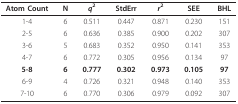
<table><thead><tr><td><b>Atom Count</b></td><td><b>N</b></td><td><b><i>q</i><sup>2</sup></b></td><td><b>StdErr</b></td><td><b><i>r</i><sup>2</sup></b></td><td><b>SEE</b></td><td><b>BHL</b></td></tr></thead><tbody><tr><td>1-4</td><td>6</td><td>0.511</td><td>0.447</td><td>0.871</td><td>0.230</td><td>151</td></tr><tr><td>2-5</td><td>6</td><td>0.636</td><td>0.385</td><td>0.900</td><td>0.202</td><td>307</td></tr><tr><td>3-6</td><td>5</td><td>0.683</td><td>0.352</td><td>0.950</td><td>0.141</td><td>353</td></tr><tr><td>4-7</td><td>6</td><td>0.772</td><td>0.305</td><td>0.956</td><td>0.134</td><td>97</td></tr><tr><td><b>5-8</b></td><td><b>6</b></td><td><b>0.777</b></td><td><b>0.302</b></td><td><b>0.973</b></td><td><b>0.105</b></td><td><b>97</b></td></tr><tr><td>6-9</td><td>4</td><td>0.726</td><td>0.321</td><td>0.948</td><td>0.140</td><td>353</td></tr><tr><td>7-10</td><td>6</td><td>0.770</td><td>0.306</td><td>0.979</td><td>0.092</td><td>307</td></tr></tbody></table>